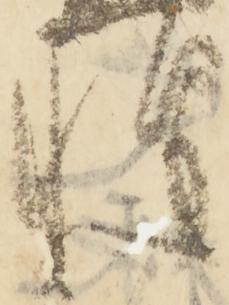
惶